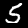
Label: 5